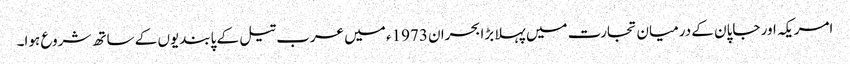
امریکہ اور جاپان کے درمیان تجارت میں پہلا بڑا بحران 1973ء میں عرب تیل کے پابندیوں کے ساتھ شروع ہوا۔